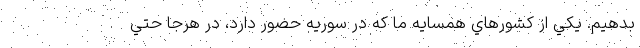
بدهيم. يكي از كشورهاي همسايه ما كه در سوريه حضور دارد، در هرجا حتي